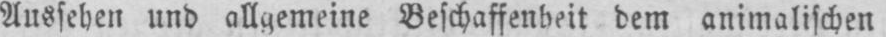
Aussehen und allgemeine Beschaffenheit dem animalischen